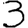
Digit: 3